Report on the bubonic plague in Bombay, 1896-1897
Year: 1896
Disease focus: Plague
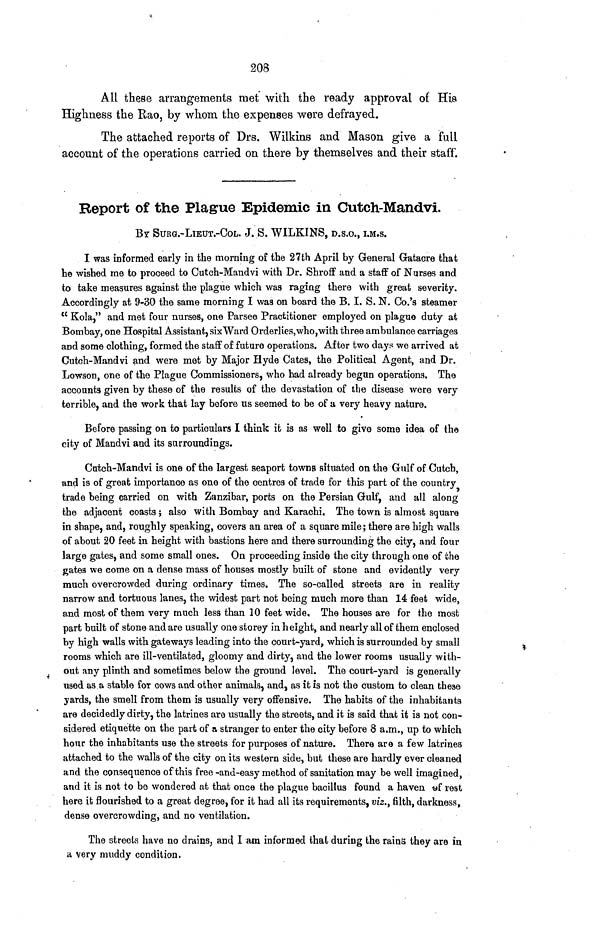
208
All these arrangements met with the ready approval of His
Highness the Rao, by whom the expenses were defrayed.
The attached reports of Drs. Wilkins and Mason give a full
account of the operations carried on there by themselves and their staff.
Report of the Plague Epidemic in Cutch-Mandvi.
BY SURG.-LIEUT.-COL. J. S. WILKINS, D.S.O., I.M.S.
I was informed early in the morning of the 27th April by General Gatacre that
he wished me to proceed to Cutch-Mandvi with Dr. Shroff and a staff of Nurses and
to take measures against the plague which was raging there with great severity.
Accordingly at 9-30 the same morning I was on board the B. I. S. N. Co.'s steamer
" Kola," and met four nurses, one Parsee Practitioner employed on plague duty at
Bombay, one Hospital Assistant, six Ward Orderlies, who,with three ambulance carriages
and some clothing, formed the staff of future operations. After two days we arrived at
Cutch-Mandvi and were met by Major Hyde Cates, the Political Agent, and Dr.
Lowson, one of the Plague Commissioners, who had already begun operations. The
accounts given by these of the results of the devastation of the disease were very
terrible, and the work that lay before us seemed to be of a very heavy nature.
Before passing on to particulars I think it is as well to give some idea of the
city of Mandvi and its surroundings.
Catch-Mandvi is one of the largest seaport towns situated on the Gulf of Cutch,
and is of great importance as one of the centres of trade for this part of the country
trade being carried on with Zanzibar, ports on the Persian Gulf, and all along
the adjacent coasts ; also with Bombay and Karachi. The town is almost square
in shape, and, roughly speaking, covers an area of a square mile ; there are high walls
of about 20 feet in height with bastions here and there surrounding the city, and four
large gates, and some small ones. On proceeding inside the city through one of the
gates we come on a dense mass of houses mostly built of stone and evidently very
much overcrowded during ordinary times. The so-called streets are in reality
narrow and tortuous lanes, the widest part not being much more than 14 feet wide,
and most of them very much less than 10 feet wide. The houses are for the most
part built of stone and are usually one storey in height, and nearly all of them enclosed
by high walls with gateways leading into the court-yard, which is surrounded by small
rooms which are ill-ventilated, gloomy and dirty, and the lower rooms usually with-
out any plinth and sometimes below the ground level. The court-yard is generally
used as a stable for cows and other animals, and, as it is not the custom to clean these
yards, the smell from them is usually very offensive. The habits of the inhabitants
are decidedly dirty, the latrines are usually the streets, and it is said that it is not con-
sidered etiquette on the part of a stranger to enter the city before 8 a.m., up to which
hour the inhabitants use the streets for purposes of nature. There are a few latrines
attached to the walls of the city on its western side, but these are hardly ever cleaned
and the consequence of this free-and-easy method of sanitation may be well imagined,
and it is not to be wondered at that once the plague bacillus found a haven of rest
here it flourished to a great degree, for it had all its requirements, viz., filth, darkness,
dense overcrowding, and no ventilation.
The streets have no drains, and I am informed that during the rains they are in
a very muddy condition.